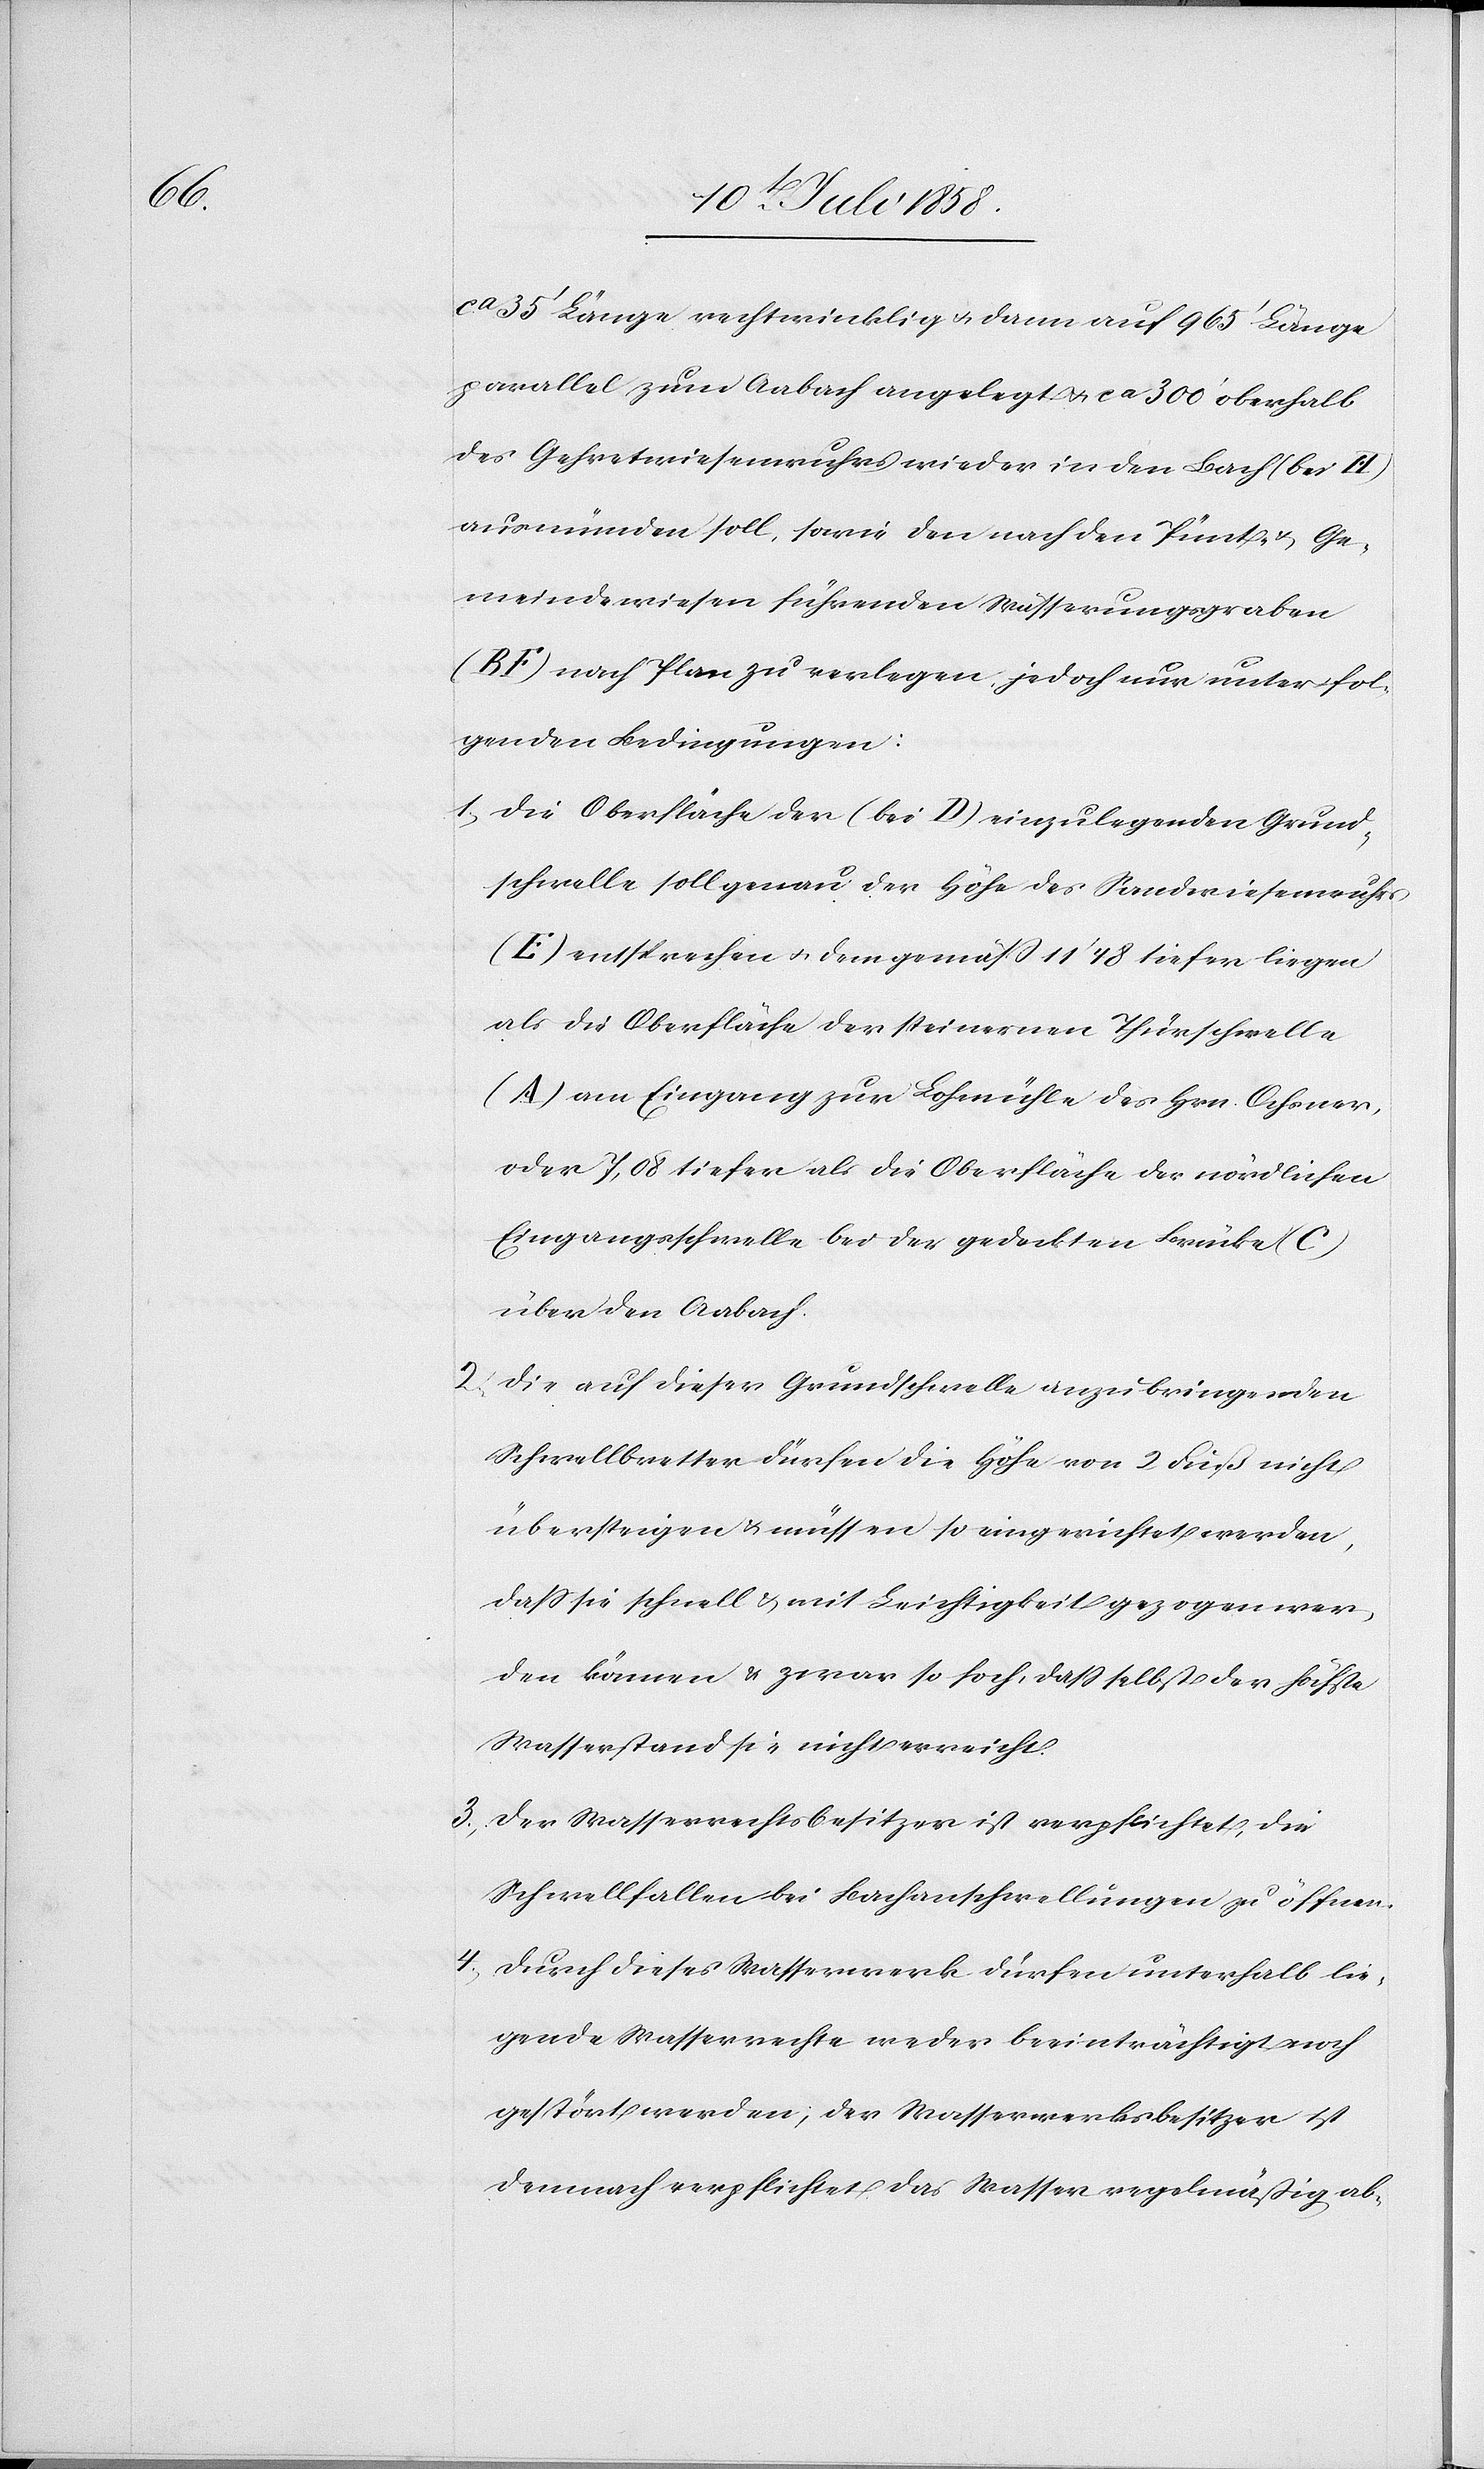
1.

ca 35‘ Länge rechtwinklig & dann auf 965‘ Länge
parallel zum Aabach angelegt & ca 300‘ oberhalb
des Gehretwiesenwuhrs wieder in den Bach (bei H)
ausmünden soll, sowie den nach den Pünt- & Ge¬
meindewiesen führenden Wässerungsgraben
(BF) nach Plan zu verlegen, jedoch nur unter fol¬
genden Bedingungen:
Die Oberfläche der (bei D) einzulegenden Grund¬
schwelle soll genau der Höhe des Sandwiesenwuhrs
(E) entsprechen & demgemäss 11’48 tiefer liegen
als die Oberfläche der steinernen Thürschwelle
(A) am Eingang zur Lohmühle des Hrn. Ochsner,
oder 7,08 tiefer als die Oberfläche der nördlichen
Eingangsschwelle bei der gedeckten Brücke (C)
über den Aabach.
Die auf dieser Grundschwelle anzubringenden
Schwellbretter dürfen die Höhe von 2 Fuß nicht
übersteigen & müssen so eingerichtet werden,
dass sie schnell & mit Leichtigkeit gezogen wer¬
den können & zwar so hoch, dass selbst der höchste
Wasserstand sie nicht erreicht.
Der Wasserrechtsbesitzer ist verpflichtet, die
Schwellfallen bei Bachanschwellungen zu öffnen.
4.
Durch dieses Wasserwerk dürfen unterhalb lie¬
gende Wasserrechte weder beeinträchtigt noch
gestört werden; der Wasserwerksbesitzer ist
demnach verpflichtet das Wasser regelmäßig ab-